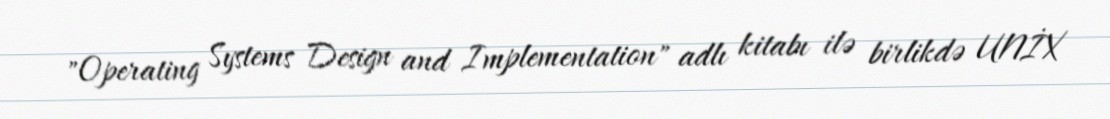
"Operating Systems Design and Implementation" adlı kitabı ilə birlikdə UNİX